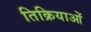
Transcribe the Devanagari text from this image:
तिक्रियाओं